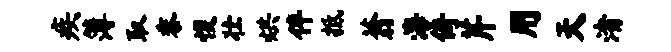
疾簿取黍愎壮烘伴抵蓊海倚芹用天渚